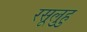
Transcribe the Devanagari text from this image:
रसूलुहु